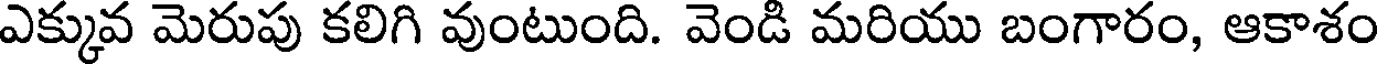
ఎక్కువ మెరుపు కలిగి వుంటుంది. వెండి మరియు బంగారం, ఆకాశం